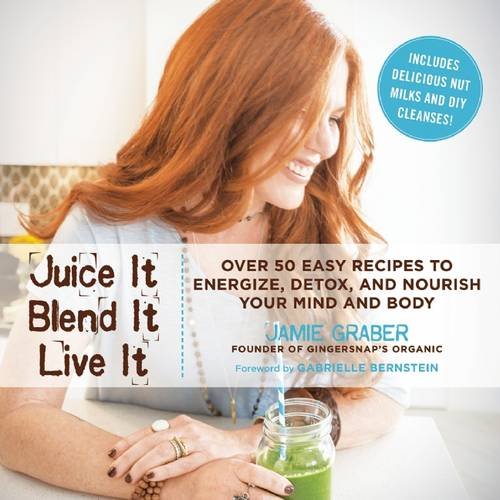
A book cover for Juice It, Blend It, Live It: Over 50 Easy Recipes to Energize, Detox, and Nourish Your Mind and Body; Jamie Graber; Cookbooks, Food & Wine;